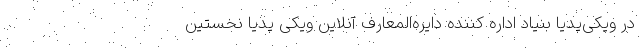
در ویکی‌پدیا بنیاد اداره کننده دایره‌المعارف آنلاین ویکی پدیا نخستین